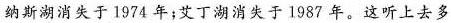
纳斯湖消失于1974年，艾丁湖消失于1987年。这听上去多